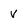
Character: V